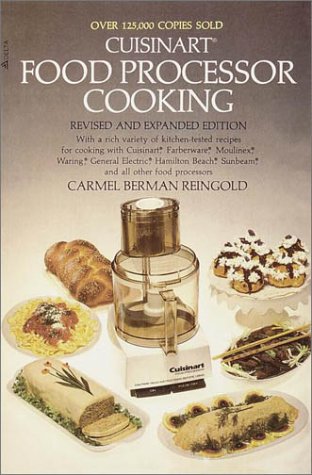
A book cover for Cuisinart Food Processor Cooking; Carmel Berman Reingold; Cookbooks, Food & Wine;